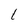
Character: 1